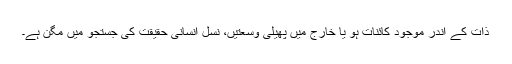
ذات کے اندر موجود کائنات ہو یا خارج میں پھیلی وسعتیں، نسل انسانی حقیقت کی جستجو میں مگن ہے۔